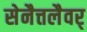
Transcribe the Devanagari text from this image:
सेनैत्तलैवर्